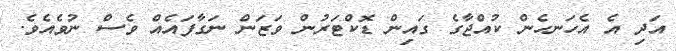
އަދި އެ އެހަނހެން ކުއްޖާގެ ގައިން ޑޮކްޓަރުން ވަޒަން ނަގާފައެއް ވެސް ނުވެއެވެ.